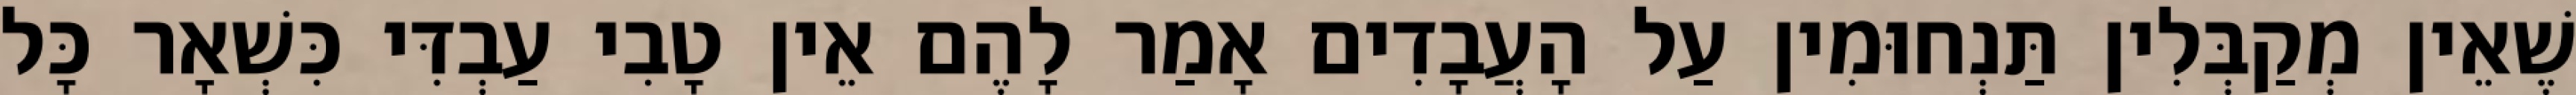
שֶׁאֵין מְקַבְּלִין תַּנְחוּמִין עַל הָעֲבָדִים אָמַר לָהֶם אֵין טָבִי עַבְדִּי כִּשְׁאָר כָּל